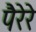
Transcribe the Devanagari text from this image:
पैरेरे